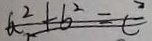
a ^ { 2 } + b ^ { 2 } = c ^ { 2 }